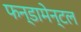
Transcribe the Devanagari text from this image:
फन्डामेन्टल